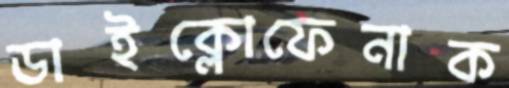
ডাইক্লোফেনাক